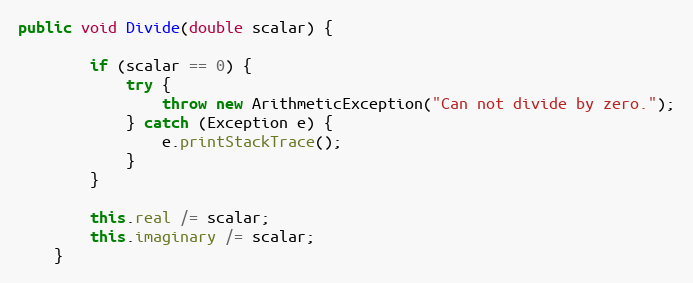
Language: Java
public void Divide(double scalar) {

        if (scalar == 0) {
            try {
                throw new ArithmeticException("Can not divide by zero.");
            } catch (Exception e) {
                e.printStackTrace();
            }
        }

        this.real /= scalar;
        this.imaginary /= scalar;
    }